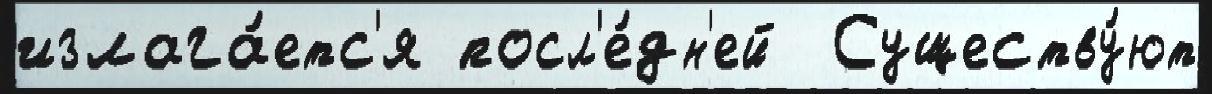
излага́етс'я посл'е́дн'ей  Существу́ют